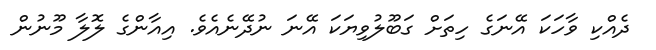
ދެއްކި ވާހަކަ އޭނަގެ ހިތަށް ގަބޫލުވިޔަކަ އޭނަ ނުދޭނެއެވެ. އިއާންގެ ލޮލާ މޫނުން